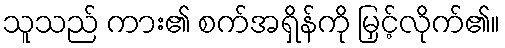
သူသည် ကား၏ စက်အရှိန်ကို မြှင့်လိုက်၏။